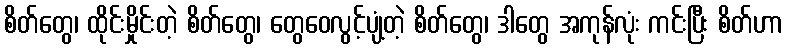
စိတ်တွေ၊ ထိုင်းမှိုင်းတဲ့ စိတ်တွေ၊ တွေဝေလွင့်ပျံ့တဲ့ စိတ်တွေ၊ ဒါတွေ အကုန်လုံး ကင်းပြီး စိတ်ဟာ